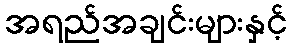
အရည်အချင်းများနှင့်